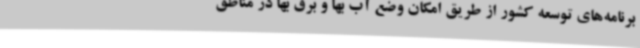
برنامه‌های توسعه کشور از طریق امکان وضع آب بها و برق بها در مناطق